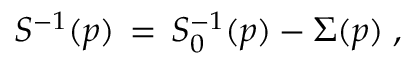
S ^ { - 1 } ( p ) \, = \, S _ { 0 } ^ { - 1 } ( p ) - \Sigma ( p ) \; ,